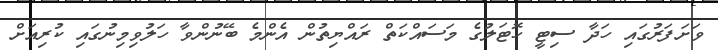
ވަށަފަރުގައި ހަދާ ސިޓީ ހޮޓަލުގެ މަސައްކަތް ރައްޔިތުން އެންމެ ބޭނުންވާ ހަލުވިމިނުގައި ކުރިއަށް